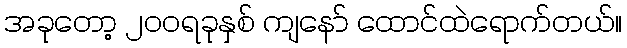
အခုတော့ ၂ဝဝရခုနှစ် ကျနော် ထောင်ထဲရောက်တယ်။